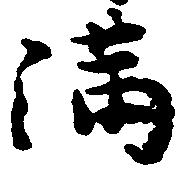
満